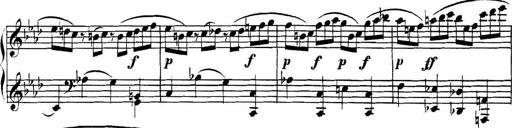
Title: Collected Piano Sonatas
Composer: Muzio Clementi